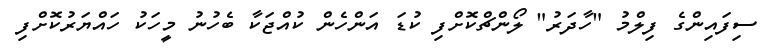
ސިފައިންގެ ފިލްމު "ހާދަރު" ލޯންޗްކޮށްފި ކުޑަ އަންހެން ކުއްޖަކާ ބެހުނު މީހަކު ހައްޔަރުކޮށްފި